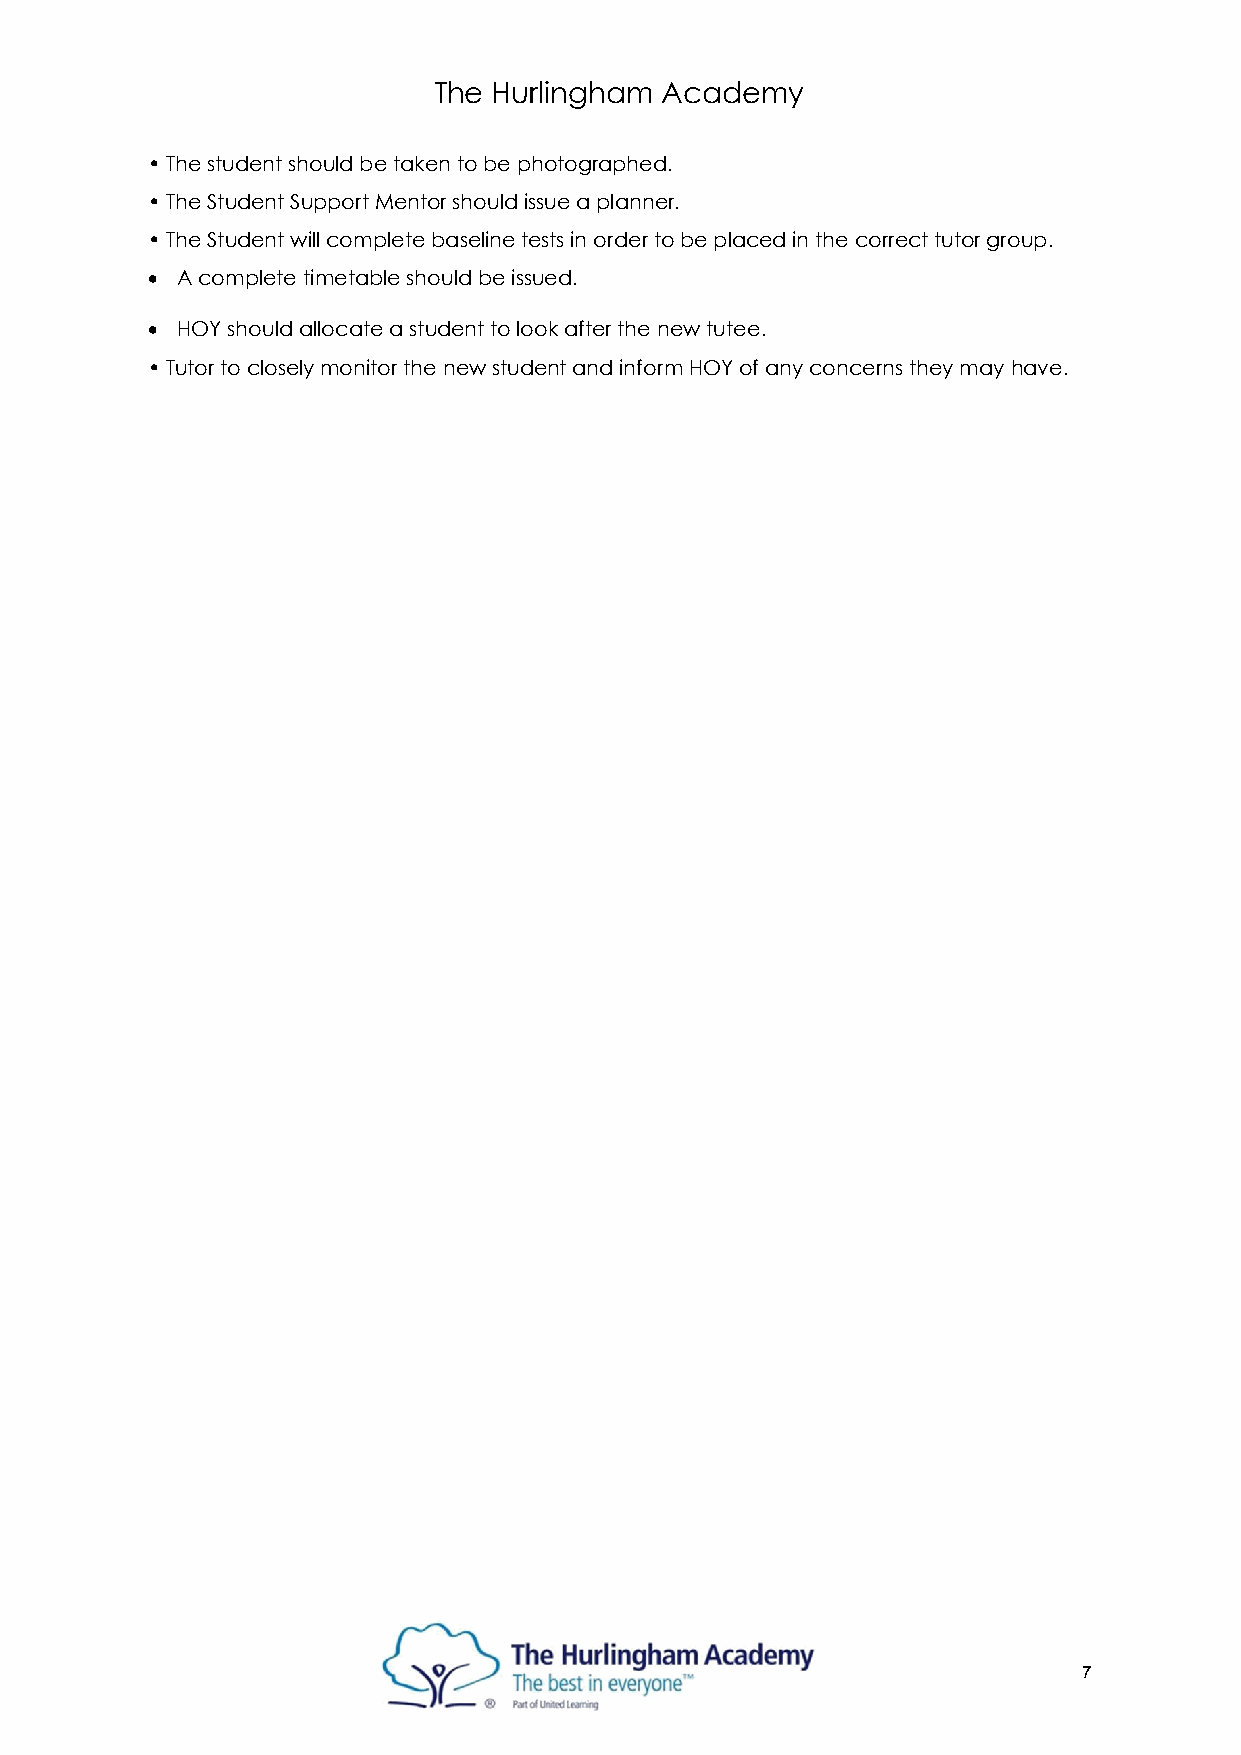
The Hurlingham Academy
 • The student should be taken to be photographed.
 • The Student Support Mentor should issue a planner.
 • The Student will complete baseline tests in order to be placed in the correct tutor group.
 • A complete timetable should be issued.
 • HOY should allocate a student to look after the new tutee.
 • Tutor to closely monitor the new student and inform HOY of any concerns they may have.
 7